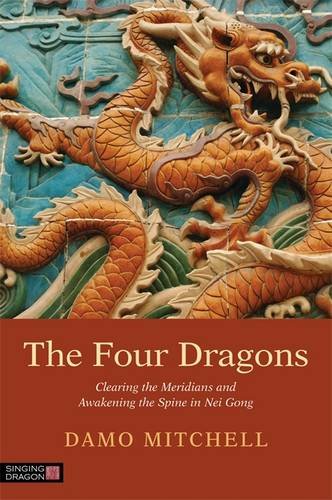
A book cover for The Four Dragons: Clearing the Meridians and Awakening the Spine in Nei Gong (Daoist Nei Gong); Damo Mitchell; Health, Fitness & Dieting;